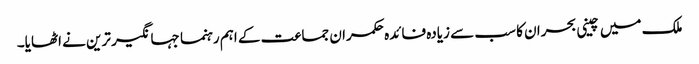
ملک میں چینی بحران کا سب سے زیادہ فائدہ حکمران جماعت کے اہم رہنما جہانگیر ترین نے اٹھایا۔